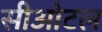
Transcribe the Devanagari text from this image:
सीओटल